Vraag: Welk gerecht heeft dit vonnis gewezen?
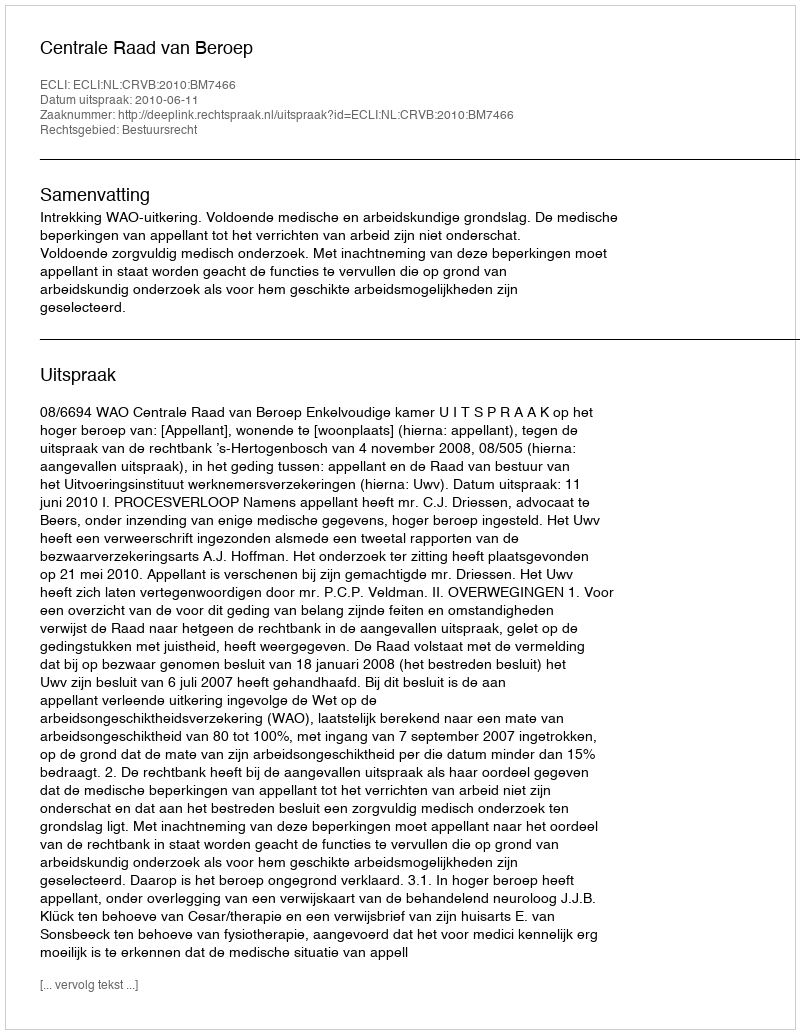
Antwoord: Centrale Raad van Beroep